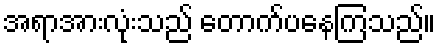
အရာအားလုံးသည် တောက်ပနေကြသည်။